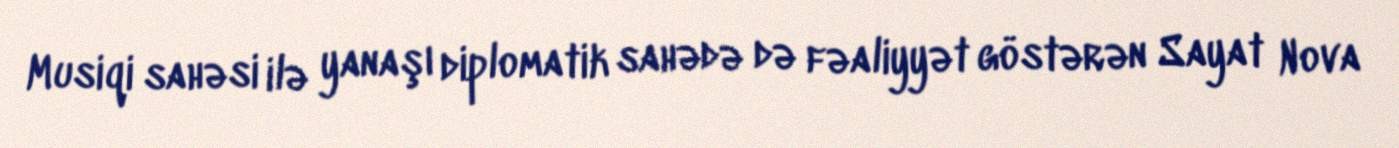
Musiqi sahəsi ilə yanaşı diplomatik sahədə də fəaliyyət göstərən Sayat Nova